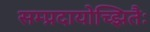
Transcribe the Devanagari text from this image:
सम्प्रदायोच्झितैः